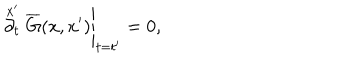
\stackrel { x ^ { \prime } } { \partial _ { t } } \overline { { G } } ( x , x ^ { \prime } ) \Bigg | _ { t = t ^ { \prime } } = 0 ,